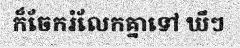
ក៏ចែករំលែកគ្នាទៅ ឃឹៗ